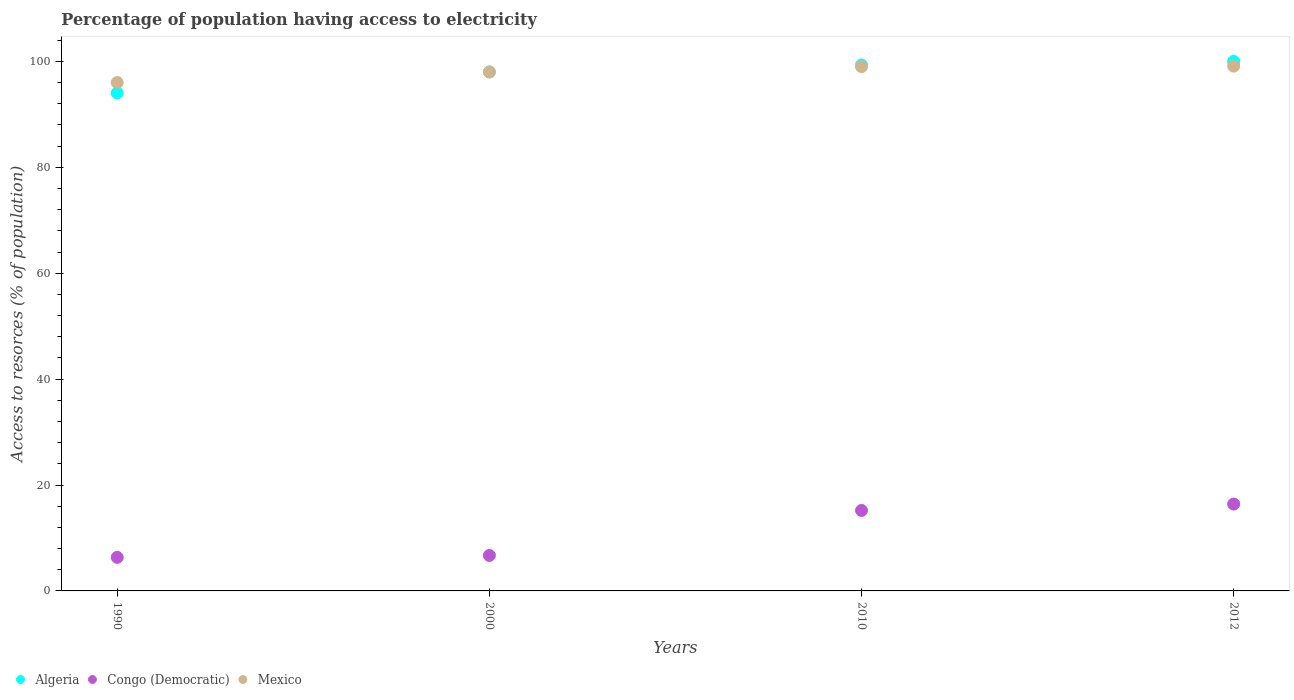
| Years | Algeria | Congo (Democratic) | Mexico |
 | --- | --- | --- | --- |
 | 1990 | 94 | 6.34 | 96 |
 | 2000 | 98 | 6.7 | 98 |
 | 2010 | 99.3 | 15.2 | 99 |
 | 2012 | 100 | 16.4 | 99.1 |